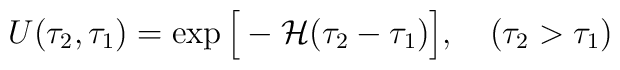
U(\tau_2, \tau_1)=\exp \Big[-{\cal H}(\tau_2-\tau_1)\Big], \quad (\tau_2>\tau_1)